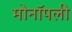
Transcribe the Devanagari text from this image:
मोनॉपली